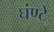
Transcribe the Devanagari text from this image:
घंण्टे